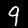
Label: 9